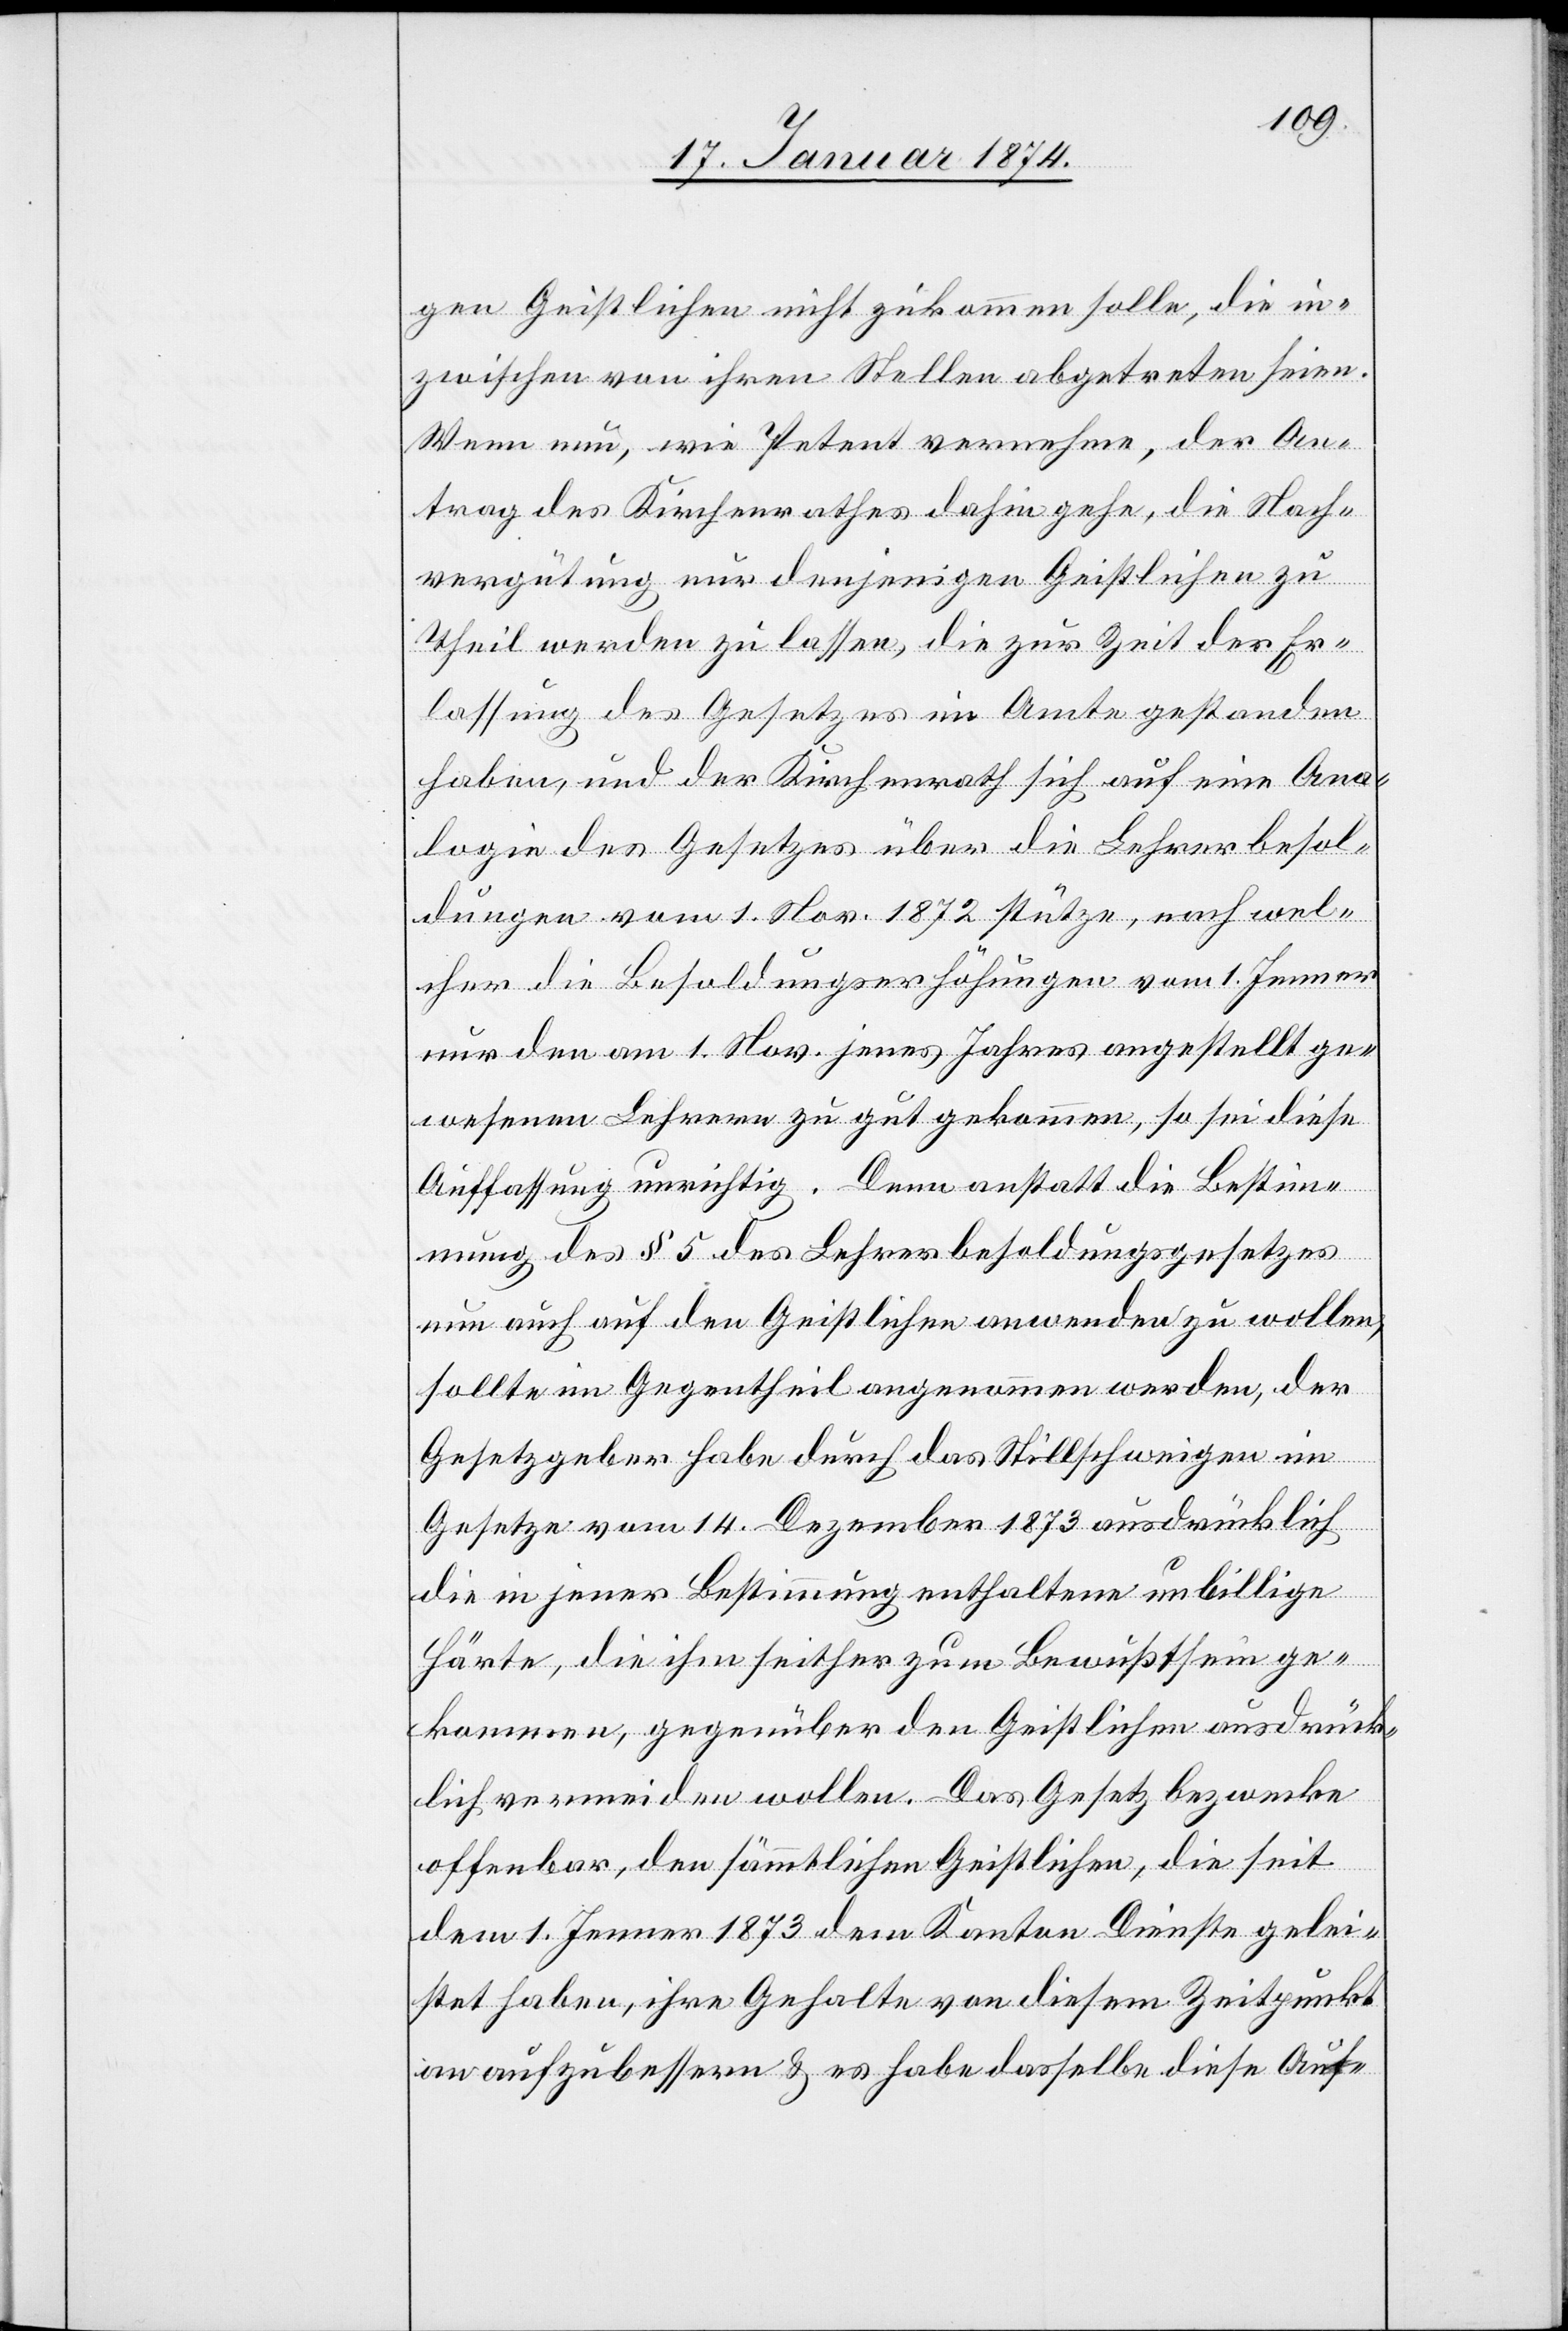
gen Geistlichen nicht zukommen solle, die in¬
zwischen von ihren Stellen abgetreten seien.
Wenn nun, wie Petent vernehme, der An¬
trag des Kirchenrathes dahin gehe, die Nach¬
vergütung nur denjenigen geistlichen zu
Theil werden zu lassen, die zur Zeit der Er¬
lassung des Gesetzes im Amte gestanden
haben, und der Kirchenrath sich auf eine Ana¬
logie des Gesetzes über die Lehrerbesol¬
dungen vom 1. Nov. jenes Jahres angestellt ge¬
wesenem Lehrern zu gut gekommen, so sei diese
Auffassung unrichtig. Denn anstatt die Bestimm¬
ung des § 5 des Lehrerbesoldungsgesetzes
nun auch auf den Geistlichen anwenden zu wollen,
sollte im Gegentheil angenommen werden, der
Gesetzgeber habe durch das Stillschweigen im
Gesetze vom 14. Dezember 1873 ausdrücklich
die in jener Bestimmung enthaltene unbillige
Härte, die ihm seither zum Bewußtsein ge¬
kommen, gegenüber den Geistlichen ausdrück¬
lich vermeiden wollen. Das Gesetz bezwecke
offenbar, den sämmtlichen Geistlichen, die seit
dem 1. Jenner 1873 dem Kanton Dienste gelei¬
stet haben, ihre Gehalte von diesem Zeitpunkt
an aufzubessern & es habe dasselbe diese Auf-